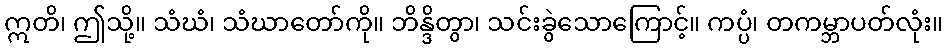
ဣတိ၊ ဤသို့။ သံဃံ၊ သံဃာတော်ကို။ ဘိန္ဒိတွာ၊ သင်းခွဲသောကြောင့်။ ကပ္ပံ၊ တကမ္ဘာပတ်လုံး။